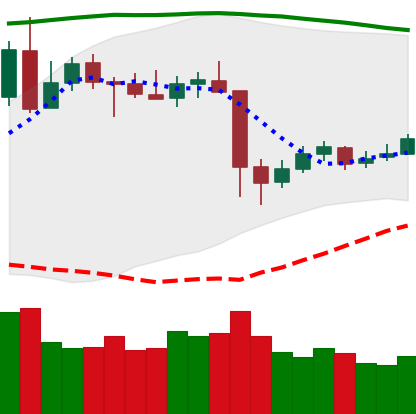
Ticker: XRP-USD
Chart end date: 2020-05-18
Forward return: -3.08%
Label: down_3_5